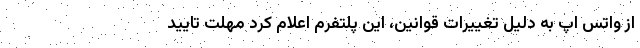
از واتس اپ به دلیل تغییرات قوانین، این پلتفرم اعلام کرد مهلت تایید